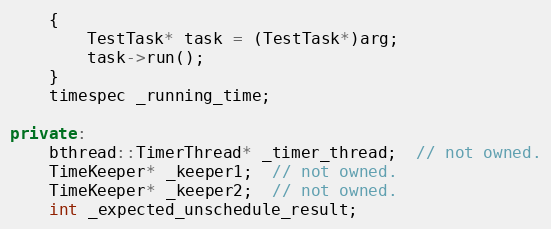
Language: C++
    {
        TestTask* task = (TestTask*)arg;
        task->run();
    }
    timespec _running_time;

private:
    bthread::TimerThread* _timer_thread;  // not owned.
    TimeKeeper* _keeper1;  // not owned.
    TimeKeeper* _keeper2;  // not owned.
    int _expected_unschedule_result;